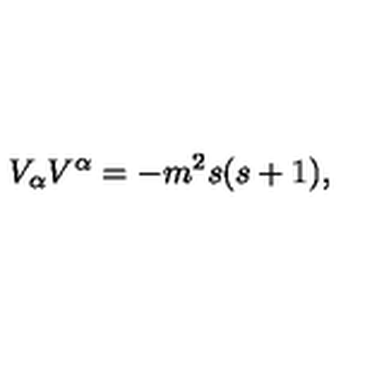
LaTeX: V _ { \alpha } V ^ { \alpha } = - m ^ { 2 } s ( s + 1 ) ,